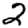
Digit: 2